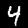
Digit: 4